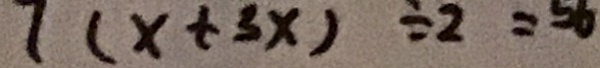
7 ( x + 3 x ) \div 2 = 5 6